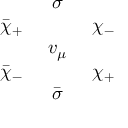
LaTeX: \begin{array} { c c c } { { } } & { { \sigma } } & { { } } \\ { { \bar { \chi } _ { + } \, \, } } & { { } } & { { \, \, \chi _ { - } } } \\ { { } } & { { v _ { \mu } } } & { { } } \\ { { \bar { \chi } _ { - } \, \, } } & { { } } & { { \, \, \chi _ { + } } } \\ { { } } & { { \bar { \sigma } } } & { { } } \end{array}